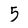
Character: 5